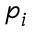
p _ { i }